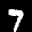
Label: 7